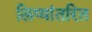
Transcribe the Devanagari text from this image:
लिप्यांतरित